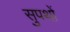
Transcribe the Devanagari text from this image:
सुपथों